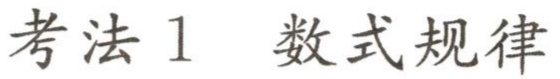
考法 1  数式规律